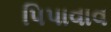
પિપાવાવ